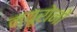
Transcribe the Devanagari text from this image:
न्यूरोनों